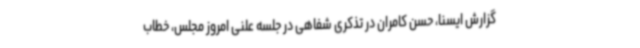
گزارش ایسنا، حسن کامران در تذکری شفاهی در جلسه علنی امروز مجلس، خطاب